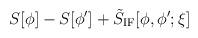
LaTeX: \begin{align*}S[\phi] - S[\phi'] + \tilde S_{\rm IF}[\phi,\phi';\xi] \end{align*}